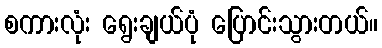
စကားလုံး ရွေးချယ်ပုံ ပြောင်းသွားတယ်။